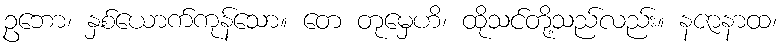
ဥဘော၊ နှစ်ယောက်ကုန်သော။ တေ တုမှေဟိ၊ ထိုသင်တို့သည်လည်း။ နဇာနာထ၊